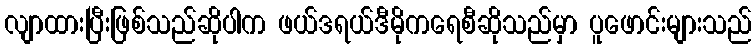
လျာထားပြီးဖြစ်သည်ဆိုပါက ဖယ်ဒရယ်ဒီမိုကရေစီဆိုသည်မှာ ပူဖောင်းများသည်